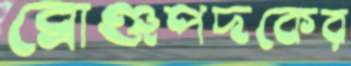
ব্রোঞ্জপদকের